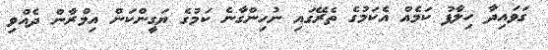
ގަވައިދާ ހިލާފު ކަމެއް އެކަމުގެ ތެރޭގައި ނުހިންގާނެ ކަމުގެ ޔަގީންކަން އިމްރާން ދެއްވި